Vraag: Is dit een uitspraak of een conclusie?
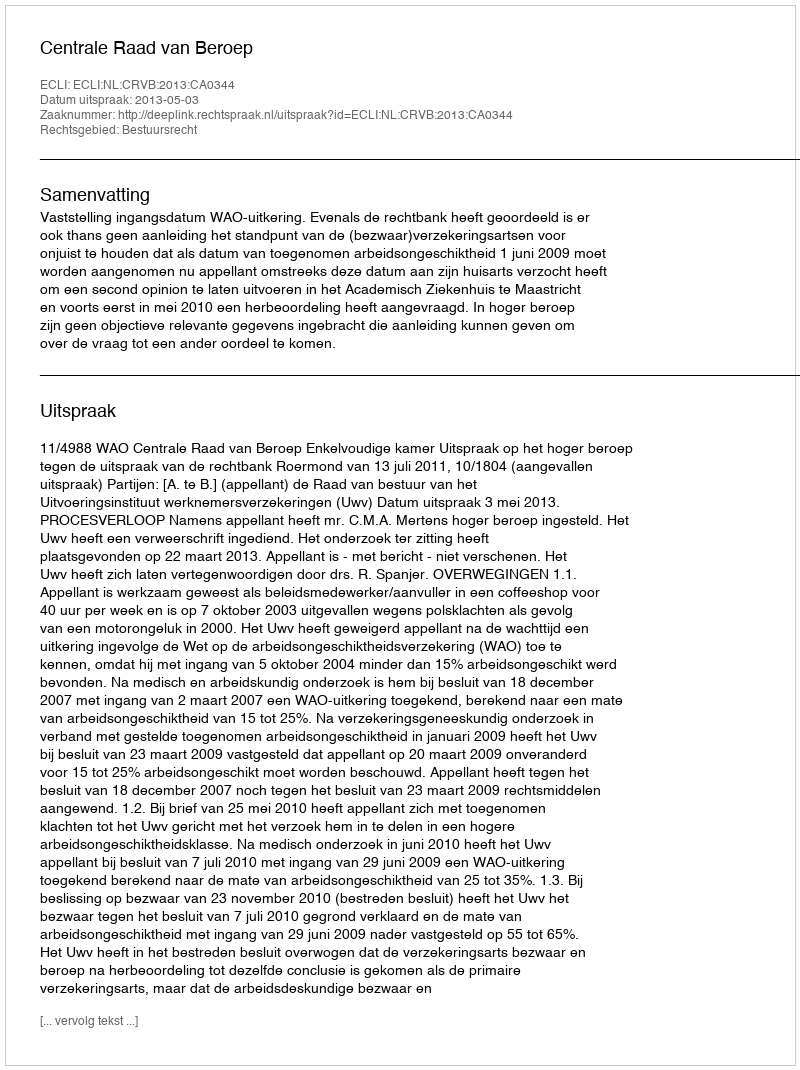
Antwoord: Uitspraak